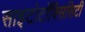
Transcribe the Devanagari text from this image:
साइटोटॉक्सिसिटी